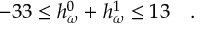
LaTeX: - 3 3 \le h _ { \omega } ^ { 0 } + h _ { \omega } ^ { 1 } \le 1 3 \ \ \ .